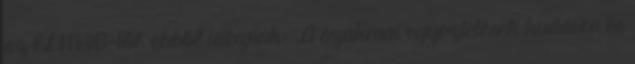
az ELMIB-től, ebből idézünk: „A szakmai egyeztetések kudarca és